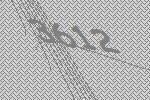
3612